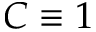
C \equiv 1